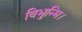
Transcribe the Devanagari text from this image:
विभुन्मि।